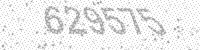
Solution: 629575